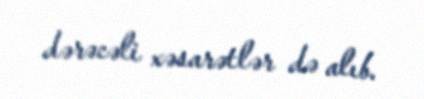
dərəcəli xəsarətlər də alıb.